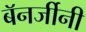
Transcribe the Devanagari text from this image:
बॅनर्जीनी